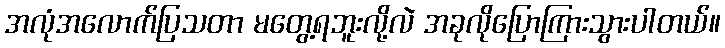
အလုံအလောက်ပြသတာ မတွေ့ရဘူးလို့လဲ အခုလိုပြောကြားသွားပါတယ်။